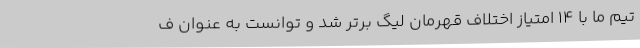
تیم ما با 14 امتیاز اختلاف قهرمان لیگ برتر شد و توانست به عنوان ف